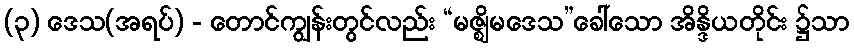
(၃) ဒေသ(အရပ်) - တောင်ကျွန်းတွင်လည်း “မဇ္ဈိမဒေသ”ခေါ်သော အိန္ဒိယတိုင်း ၌သာ